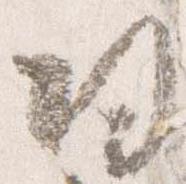
帰